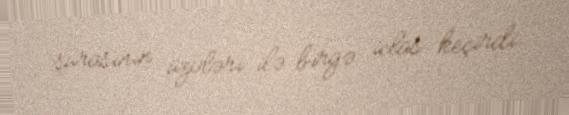
şurasının üzvləri ilə birgə iclas keçirdi.